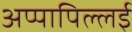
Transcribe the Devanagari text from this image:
अप्पापिल्लई